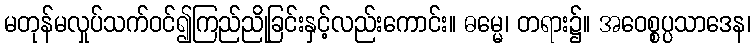
မတုန်မလှုပ်သက်ဝင်၍ကြည်ညိုခြင်းနှင့်လည်းကောင်း။ ဓမ္မေ၊ တရား၌။ အဝေစ္စပ္ပသာဒေန၊